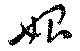
始